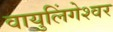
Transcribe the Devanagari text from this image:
वायुलिंगेश्वर